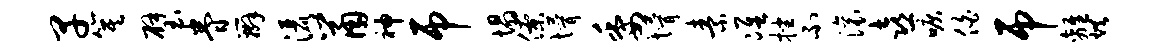
早箕璧眷辫洒鼠神吊塌僚懵委懵素准挫不滚喜唳伯吊离烘